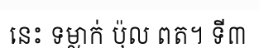
នេះ ទម្លាក់ ប៉ុល ពត។ ទី៣